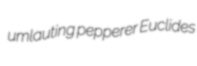
umlauting pepperer Euclides